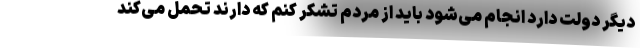
دیگر دولت دارد انجام می‌شود باید از مردم تشکر کنم که دارند تحمل می‌کند